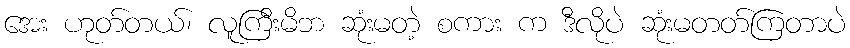
အေး ဟုတ်တယ်၊ လူကြီးမိဘ ဆုံးမတဲ့ စကား က ဒီလိုပဲ ဆုံးမတတ်ကြတာပဲ